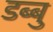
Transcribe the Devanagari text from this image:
डब्बु